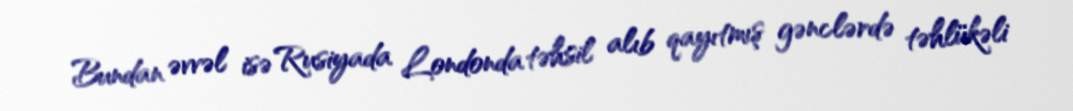
Bundan əvvəl isə Rusiyada Londonda təhsil alıb qayıtmış gənclərdə təhlükəli